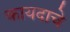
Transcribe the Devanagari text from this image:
कायदाचे